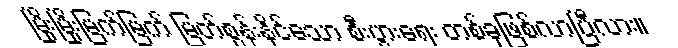
မြိုးမြိုးမြက်မြက် မြတ်စွန်းနိုင်သော စီးပွားရေး တစ်ခုဖြစ်လာပြီလား။